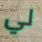
لي